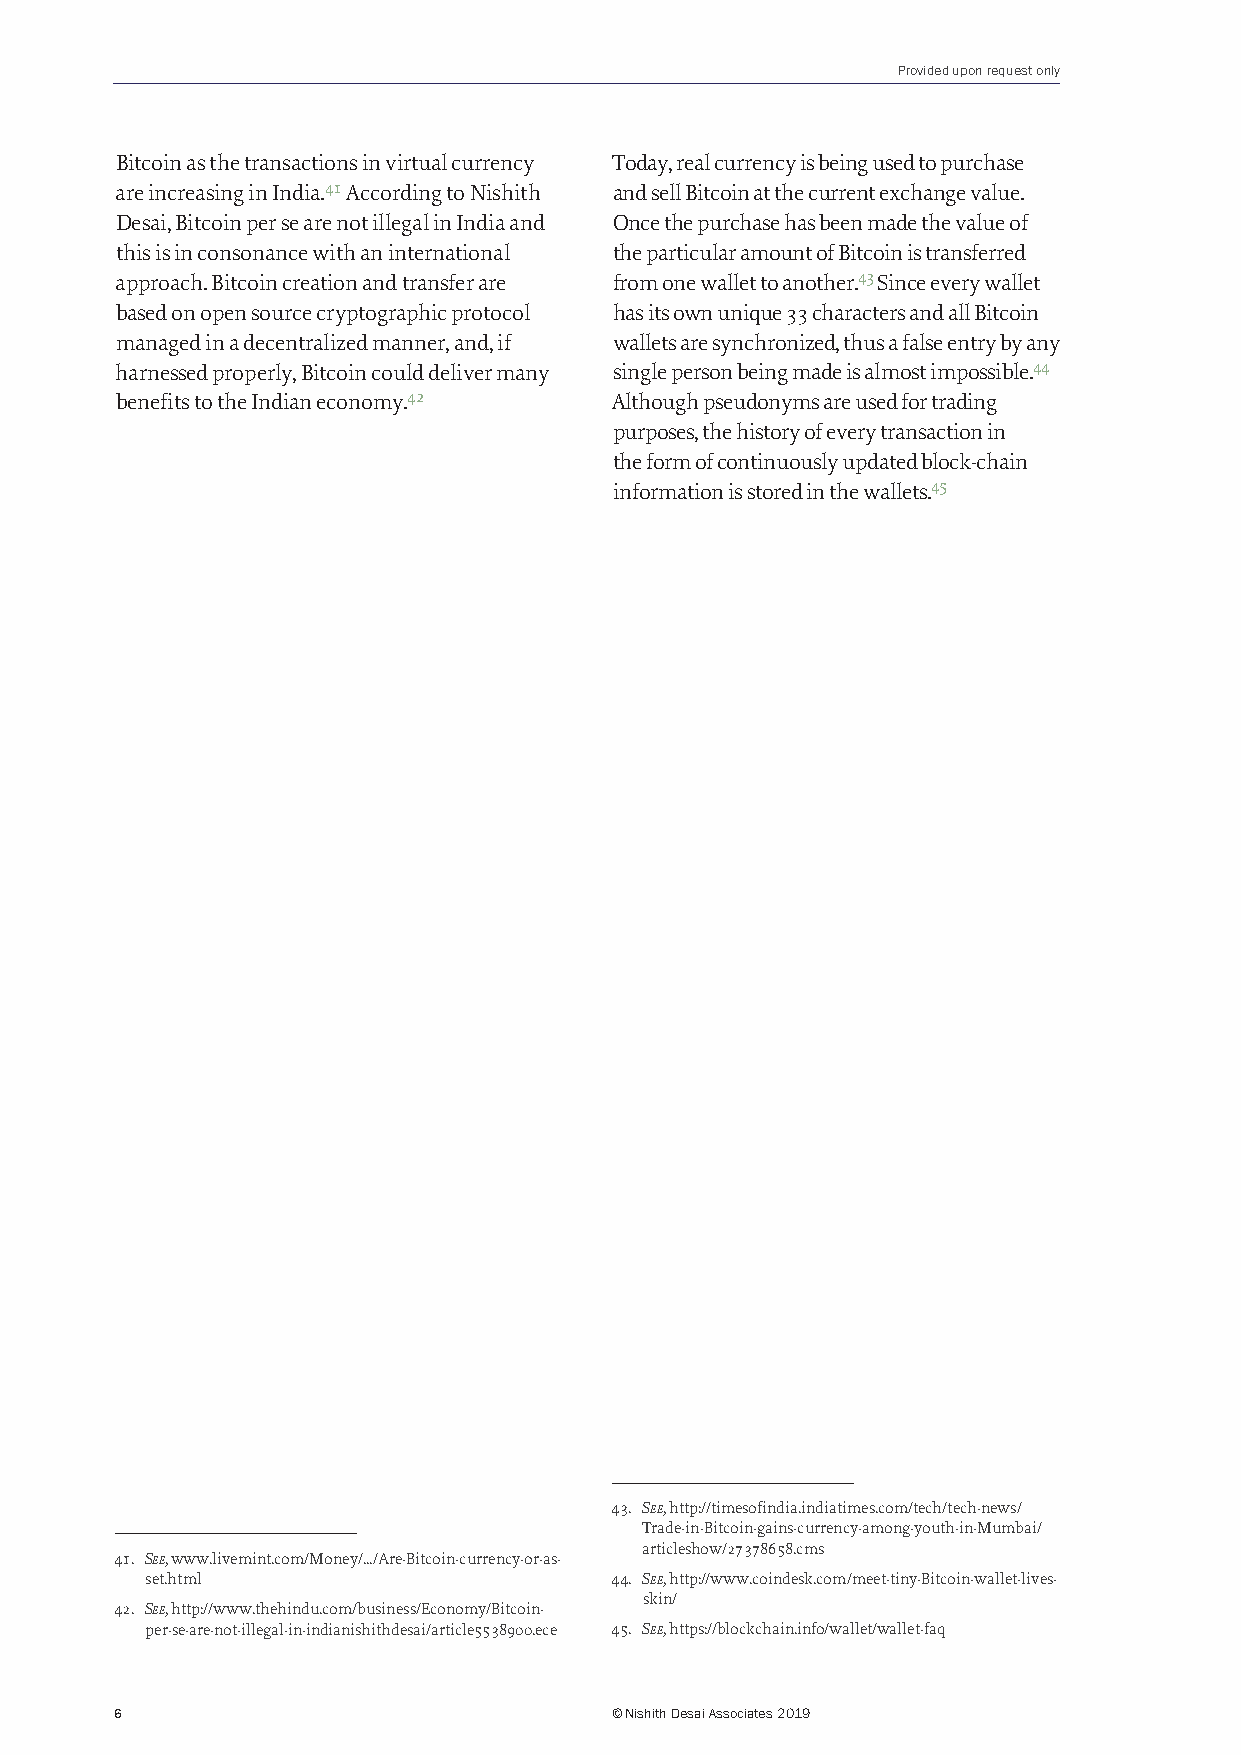
Provided upon request only
 Bitcoin as the transactions in virtual currency Today, real currency is being used to purchase
 are increasing in India.41 According to Nishith and sell Bitcoin at the current exchange value.
 Desai, Bitcoin per se are not illegal in India and Once the purchase has been made the value of
 this is in consonance with an international the particular amount of Bitcoin is transferred
 approach. Bitcoin creation and transfer are from one wallet to another.43 Since every wallet
 based on open source cryptographic protocol has its own unique 33 characters and all Bitcoin
 managed in a decentralized manner, and, if wallets are synchronized, thus a false entry by any
 harnessed properly, Bitcoin could deliver many single person being made is almost impossible.44
 benefits to the Indian economy.42 Although pseudonyms are used for trading
 purposes, the history of every transaction in
 the form of continuously updated block-chain
 information is stored in the wallets.45
 43. See, http://timesofindia.indiatimes.com/tech/tech-news/
 Trade-in-Bitcoin-gains-currency-among-youth-in-Mumbai/
 articleshow/27378658.cms
 41. See, www.livemint.com/Money/.../Are-Bitcoin-currency-or-as-
 set.html                      44. See, http://www.coindesk.com/meet-tiny-Bitcoin-wallet-lives-
 skin/
 42. See, http://www.thehindu.com/business/Economy/Bitcoin-
 per-se-are-not-illegal-in-indianishithdesai/article5538900.ece 45. See, https://blockchain.info/wallet/wallet-faq
 6                               © Nishith Desai Associates 2019